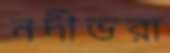
নদীভরা